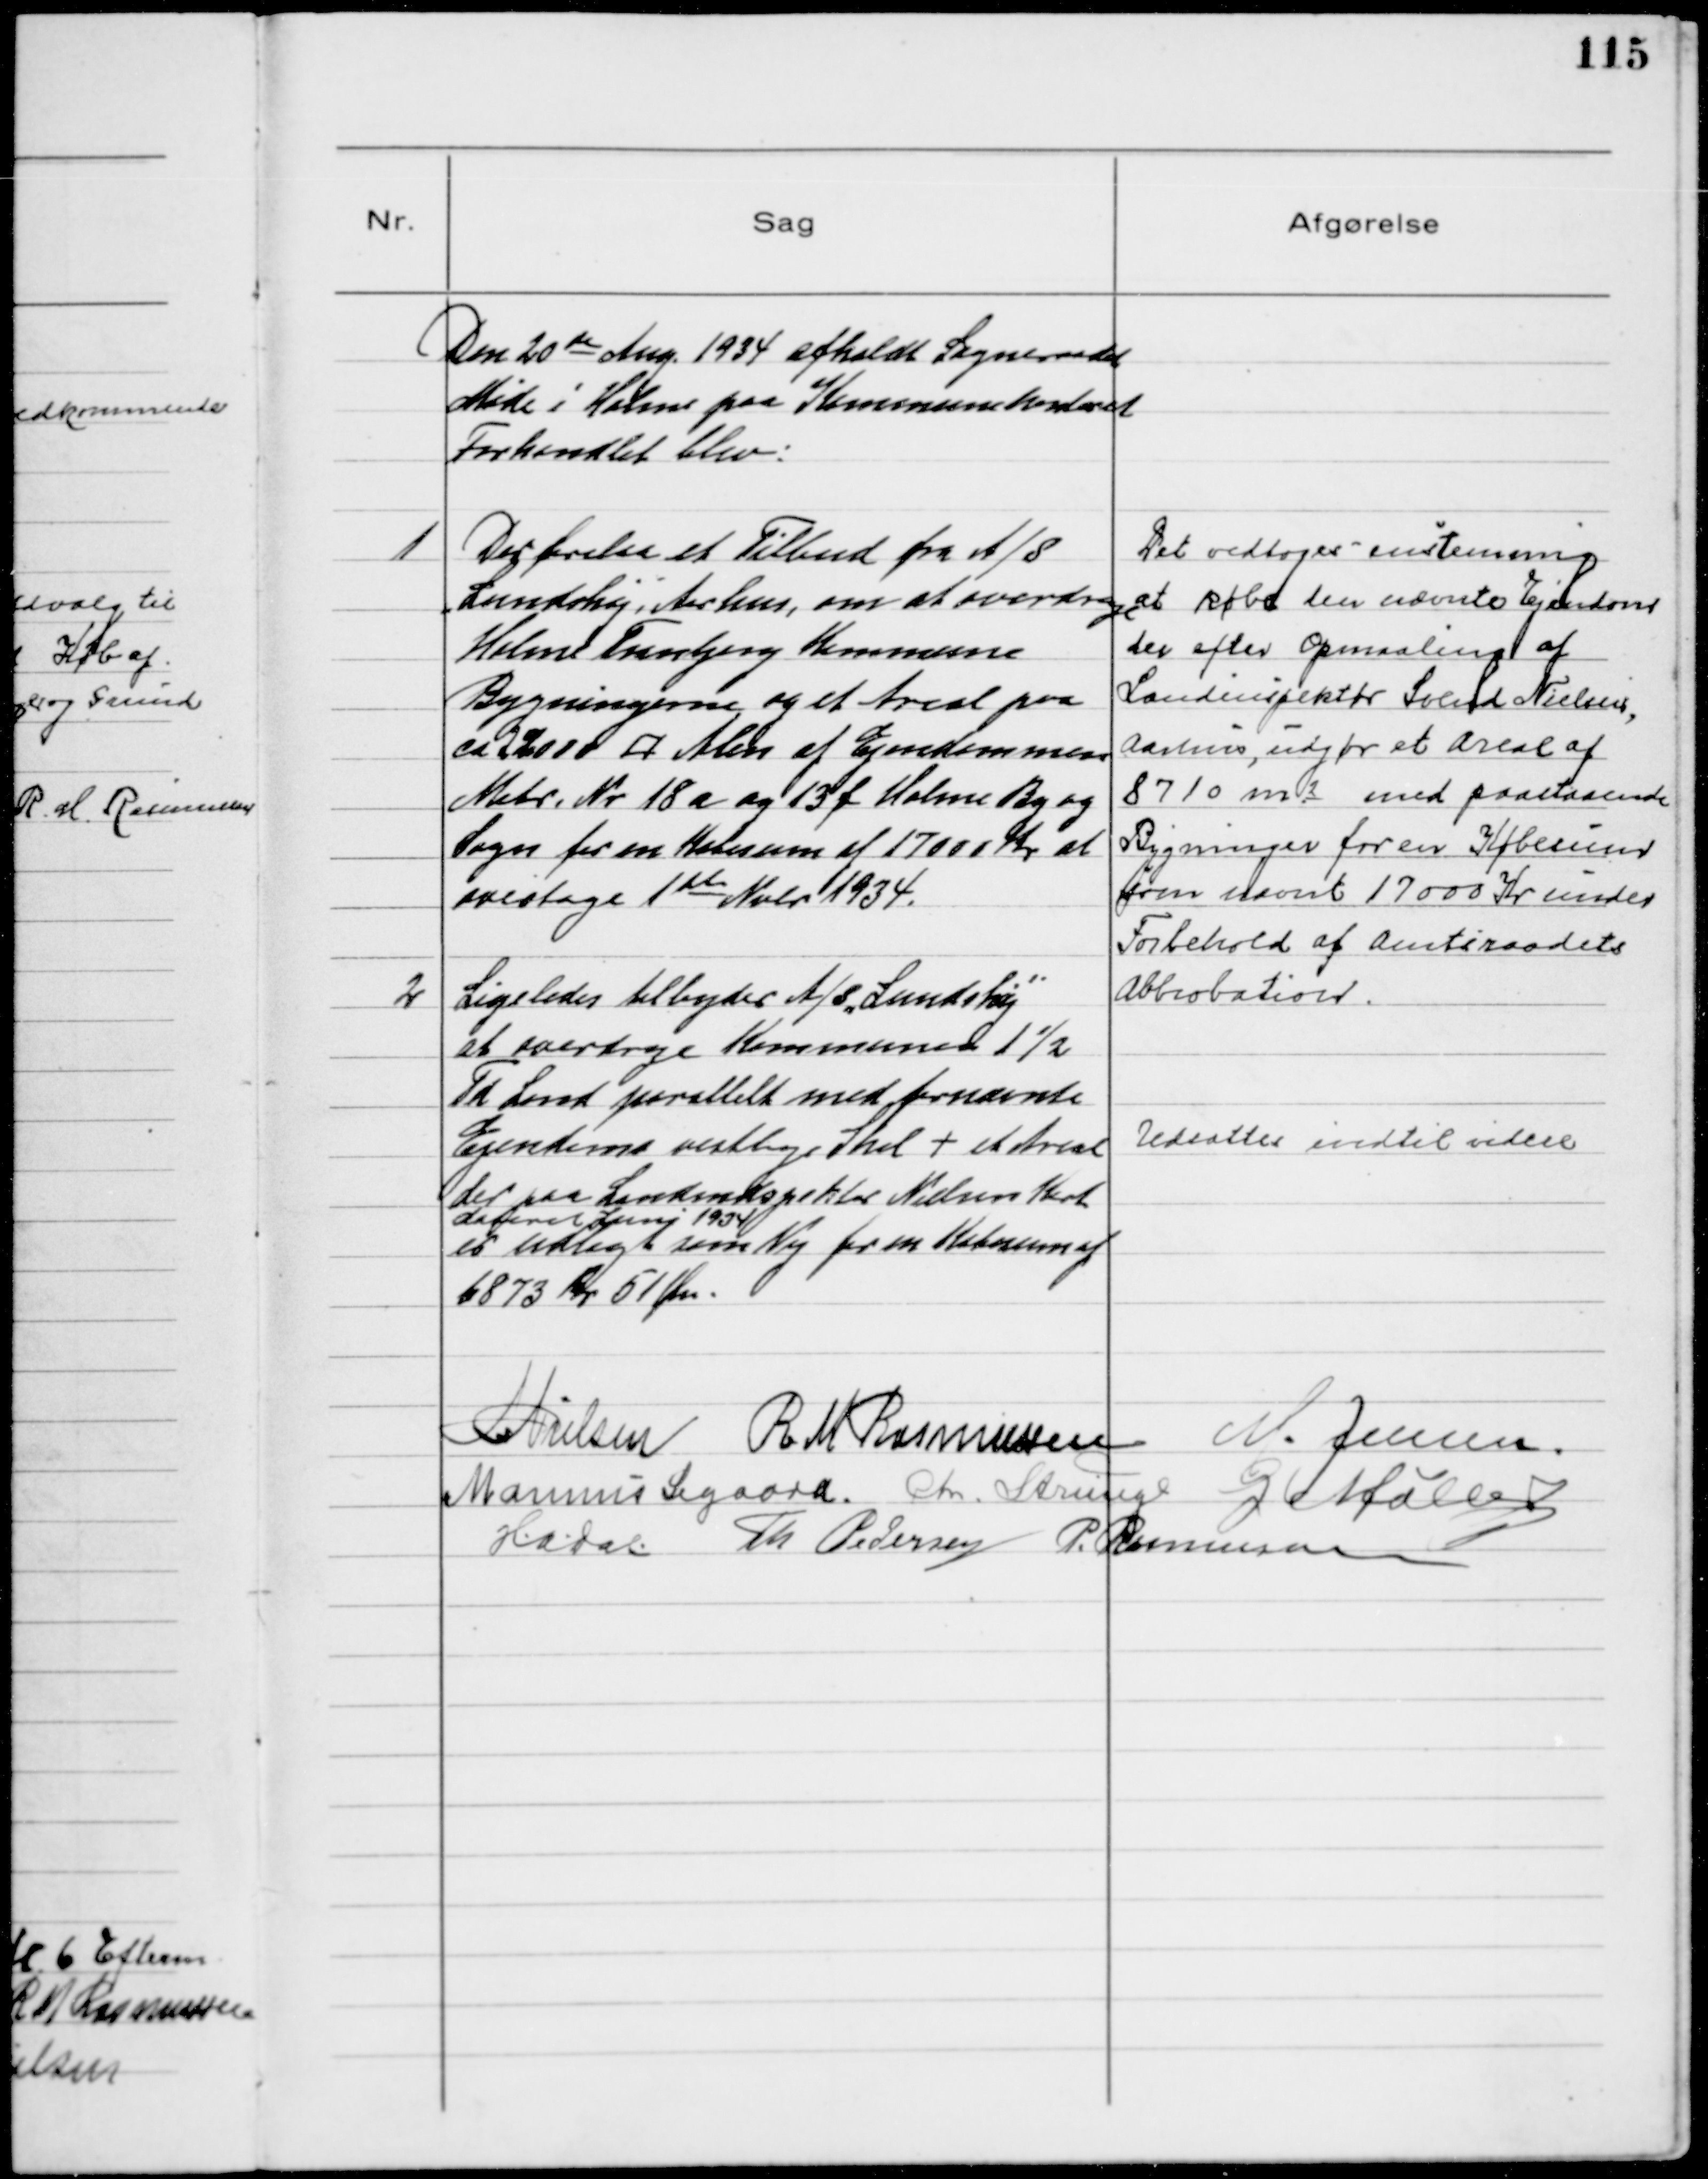
Transskription:
Den 20de Aug. 1934 afholdt Sogneraadet
Møde i Holme paa Kommunekontoret
Forhandlet blev:

1
Der forelaa et Tilbud fra A/S
"Lundshøj", Aarhus, om at overdrage
Holme Tranbjerg Kommune
Bygningerne og et Areal paa
ca 22000 □ Alen af Ejendommen
Matr. № 18 a og 13 f Holme By og
Sogn for en Købesum af 17000 Kr at
overtage 1ste Nvbr 1934.
Det vedtoges enstemmig
at købe den nævnte Ejendom
der efter Opmaaling af
Landinspektør Svend Nielsen,
Aarhus, udgør et Areal af
8710 m2 med paastaaende
Bygninger for en Købesum
som nævnt 17000 Kr under
Forbehold af Amtsraadets
Abbrobation.
2
Ligeledes tilbyder A/S "Lundshøj"
at overdrage Kommunen 1½
Td Land parallelt med førnævnte
Ejendoms vestlige Skel + et Areal
der paa Landinspektør Nielsens Kort
dateret Juni 1934
er udlagt som Vej for en Købesum af
6873 Kr 51 Øre.
Udsattes indtil videre

N Nielsen R M Rasmussen M.Jensen
Marinus Sigaard. Chr. Strunge G Møller
H.A. Dal Th Pedersen P. Rasmussen